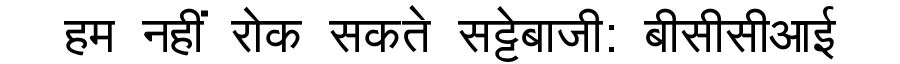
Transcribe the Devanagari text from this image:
हम नहीं रोक सकते सट्टेबाजी: बीसीसीआई